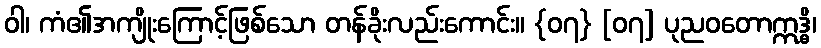
ဝါ၊ ကံ၏အကျိုးကြောင့်ဖြစ်သော တန်ခိုးလည်းကောင်း။ {၀၇} [၀၇] ပုညဝတောဣဒ္ဓိ၊